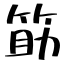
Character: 筯